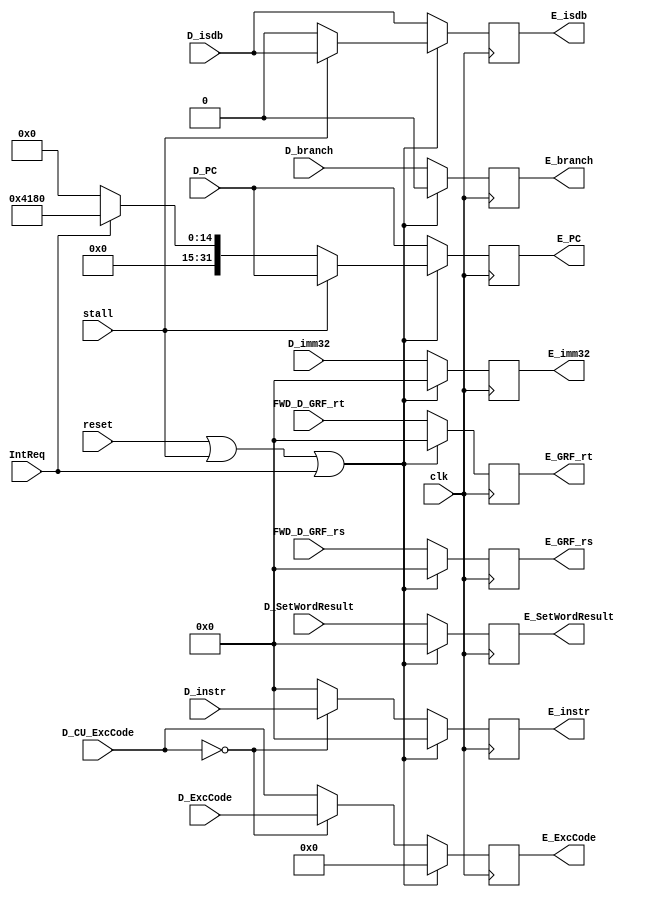
module E_REG(
    input clk,
    input reset,
    input stall,
    input IntReq,
    input [31:0] D_PC,
    input [31:0] D_instr,
    input [31:0] FWD_D_GRF_rs, 
    input [31:0] FWD_D_GRF_rt,
    input [31:0] D_imm32,
    input [31:0] D_SetWordResult,
    input [4:0] D_ExcCode,
    input [4:0] D_CU_ExcCode,
    input D_isdb,
    input D_branch,
    output reg [31:0] E_PC,
    output reg [31:0] E_instr, 
    output reg [31:0] E_GRF_rs,  
    output reg [31:0] E_GRF_rt, 
    output reg [31:0] E_SetWordResult,
    output reg [31:0] E_imm32,
    output reg [4:0] E_ExcCode,
    output reg E_isdb,
    output reg E_branch);

    always @(posedge clk) begin
        if (reset|stall|IntReq) begin
            E_PC <= stall ? D_PC :(IntReq ? 32'h00004180 : 32'h0);
            E_instr <= 32'h0;
            E_GRF_rs <= 32'h0;
            E_GRF_rt <= 32'h0;
            E_SetWordResult <= 32'h0;
            E_imm32 <= 32'h0;
            E_ExcCode <= 5'h0;
            E_branch <= 1'b0;
            E_isdb <= stall ? D_isdb : 1'b0;
        end
        else begin
            E_PC <= D_PC;
            E_instr <= (D_CU_ExcCode == 0) ? D_instr : 32'h0;
            E_GRF_rs <= FWD_D_GRF_rs;
            E_GRF_rt <= FWD_D_GRF_rt;
            E_SetWordResult <= D_SetWordResult;
            E_imm32 <= D_imm32;
            E_ExcCode <= (D_CU_ExcCode == 0) ? D_ExcCode : D_CU_ExcCode;
            E_branch <= D_branch;
            E_isdb <= D_isdb;
        end
    end

endmodule